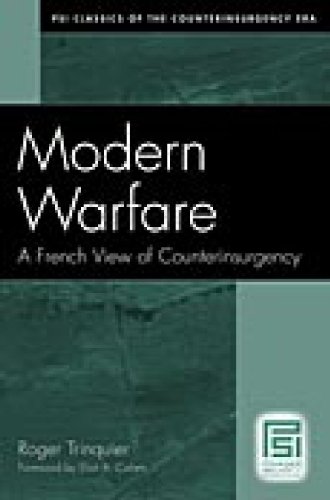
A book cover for Modern Warfare: A French View of Counterinsurgency (Psi Classics of the Counterinsurgency Era); Roger Trinquier; History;